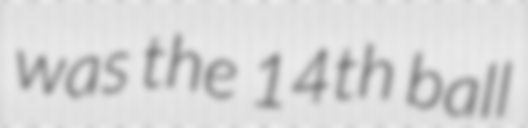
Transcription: was the 14th ball